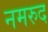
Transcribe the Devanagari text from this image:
नमरुद